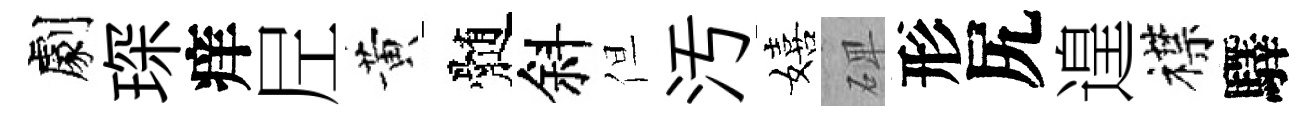
劇琛痒𡰱黄髄斜但汚嬉𥓓形尻遑襟驛